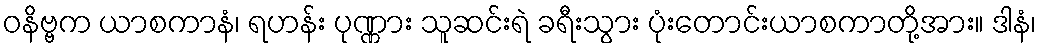
ဝနိဗ္ဗက ယာစကာနံ၊ ရဟန်း ပုဏ္ဏား သူဆင်းရဲ ခရီးသွား ပုံးတောင်းယာစကာတို့အား။ ဒါနံ၊